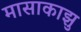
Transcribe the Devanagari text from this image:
मासाकाझु